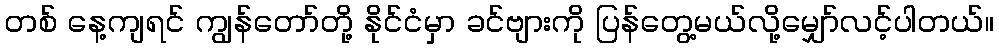
တစ် နေ့ကျရင် ကျွန်တော်တို့ နိုင်ငံမှာ ခင်ဗျားကို ပြန်တွေ့မယ်လို့မျှော်လင့်ပါတယ်။